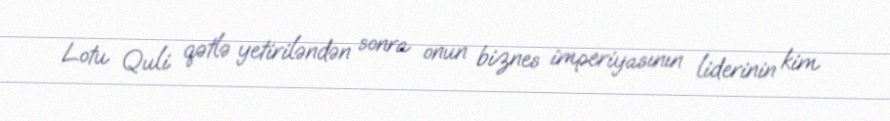
Lotu Quli qətlə yetiriləndən sonra onun biznes imperiyasının liderinin kim